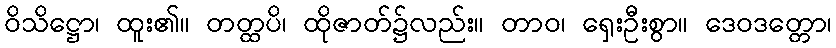
ဝိသိဋ္ဌော၊ ထူး၏။ တတ္ထပိ၊ ထိုဇာတ်၌လည်း။ တာဝ၊ ရှေးဦးစွာ။ ဒေဝဒတ္တော၊